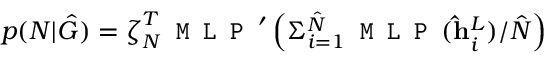
p ( N | \hat { G } ) = \boldsymbol { \zeta } _ { N } ^ { T } \texttt { M L P } ^ { \prime } \left( \Sigma _ { i = 1 } ^ { \hat { N } } \texttt { M L P } ( \mathbf { \hat { h } } _ { i } ^ { L } ) / \hat { N } \right)